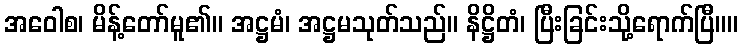
အဝေါစ၊ မိန့်တော်မူ၏။ အဋ္ဌမံ၊ အဋ္ဌမသုတ်သည်။ နိဋ္ဌိတံ၊ ပြီးခြင်းသို့ရောက်ပြီ။။